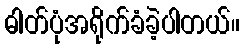
ဓါတ်ပုံအရိုက်ခံခဲ့ပါတယ်။